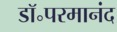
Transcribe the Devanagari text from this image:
डॉ॰परमानंद